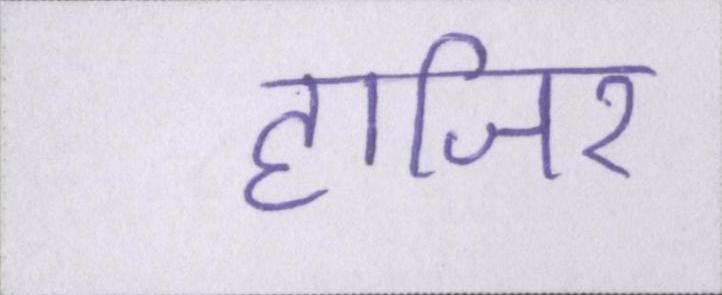
हाजिर